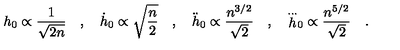
h _ { 0 } \propto \frac { 1 } { \sqrt { 2 n } } \quad , \quad \dot { h } _ { 0 } \propto \sqrt { \frac { n } { 2 } } \quad , \quad \ddot { h } _ { 0 } \propto \frac { n ^ { 3 / 2 } } { \sqrt { 2 } } \quad , \quad { \stackrel { . . . } h } _ { 0 } \propto \frac { n ^ { 5 / 2 } } { \sqrt { 2 } } \quad .